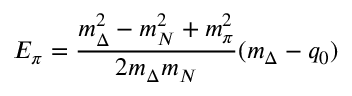
E _ { \pi } = { \frac { m _ { \Delta } ^ { 2 } - m _ { N } ^ { 2 } + m _ { \pi } ^ { 2 } } { 2 m _ { \Delta } m _ { N } } } ( m _ { \Delta } - q _ { 0 } )